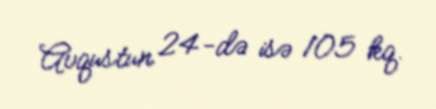
Avqustun 24-də isə 105 kq.